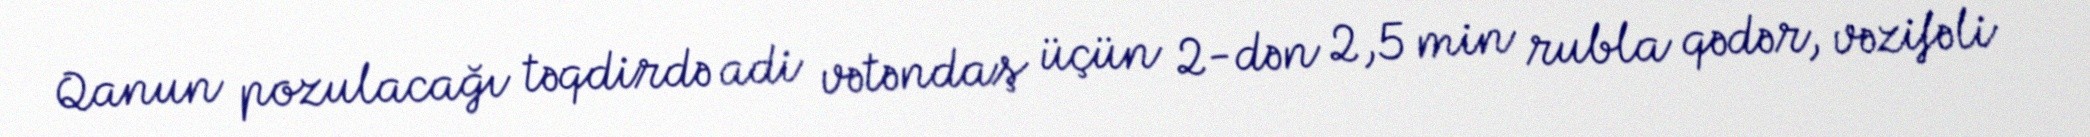
Qanun pozulacağı təqdirdə adi vətəndaş üçün 2-dən 2,5 min rubla qədər, vəzifəli